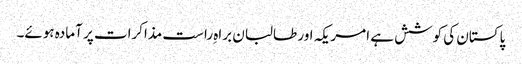
پاکستان کی کوشش ہے امریکہ اور طالبان براہِ راست مذاکرات پر آمادہ ہوئے۔